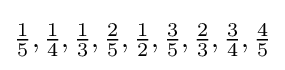
\textstyle {1 \over 5},{1 \over 4},{1 \over 3},{2 \over 5},{1 \over 2},{3 \over 5},{2 \over 3},{3 \over 4},{4 \over 5}